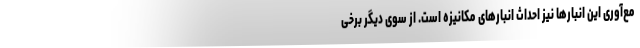
مع‌آوری این انبارها نیز احداث انبارهای مکانیزه است. از سوی دیگر برخی